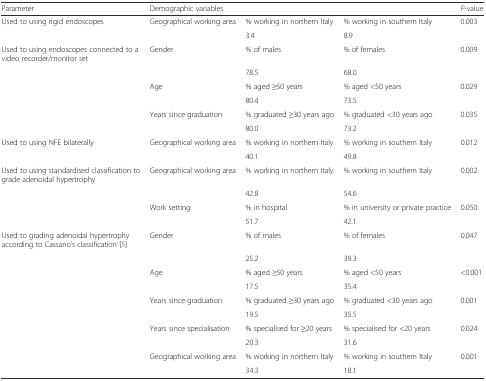
<table><thead><tr><td><b>Parameter</b></td><td><b>Demographic variables</b></td><td></td><td></td><td><b><i>P</i>-value</b></td></tr></thead><tbody><tr><td>Used to using rigid endoscopes</td><td>Geographical working area</td><td>% working in northern Italy</td><td>% working in southern Italy</td><td>0.003</td></tr><tr><td></td><td></td><td>3.4</td><td>8.9</td><td></td></tr><tr><td>Used to using endoscopes connected to a video recorder/monitor set</td><td>Gender</td><td>% of males</td><td>% of females</td><td>0.009</td></tr><tr><td></td><td></td><td>78.5</td><td>68.0</td><td></td></tr><tr><td></td><td>Age</td><td>% aged ≥50 years</td><td>% aged &lt;50 years</td><td>0.029</td></tr><tr><td></td><td></td><td>80.4</td><td>73.5</td><td></td></tr><tr><td></td><td>Years since graduation</td><td>% graduated ≥30 years ago</td><td>% graduated &lt;30 years ago</td><td>0.035</td></tr><tr><td></td><td></td><td>80.0</td><td>73.2</td><td></td></tr><tr><td>Used to using NFE bilaterally</td><td>Geographical working area</td><td>% working in northern Italy</td><td>% working in southern Italy</td><td>0.012</td></tr><tr><td></td><td></td><td>40.1</td><td>49.8</td><td></td></tr><tr><td>Used to using standardised classification to grade adenoidal hypertrophy</td><td>Geographical working area</td><td>% working in northern Italy</td><td>% working in southern Italy</td><td>0.002</td></tr><tr><td></td><td></td><td>42.8</td><td>54.6</td><td></td></tr><tr><td></td><td>Work setting</td><td>% in hospital</td><td>% in university or private practice</td><td>0.050</td></tr><tr><td></td><td></td><td>51.7</td><td>42.1</td><td></td></tr><tr><td>Used to grading adenoidal hypertrophy according to Cassano’s classification [5]</td><td>Gender</td><td>% of males</td><td>% of females</td><td>0.047</td></tr><tr><td></td><td></td><td>25.2</td><td>39.3</td><td></td></tr><tr><td></td><td>Age</td><td>% aged ≥50 years</td><td>% aged &lt;50 years</td><td>&lt;0.001</td></tr><tr><td></td><td></td><td>17.5</td><td>35.4</td><td></td></tr><tr><td></td><td>Years since graduation</td><td>% graduated ≥30 years ago</td><td>% graduated &lt;30 years ago</td><td>0.001</td></tr><tr><td></td><td></td><td>19.5</td><td>35.5</td><td></td></tr><tr><td></td><td>Years since specialisation</td><td>% specialised for ≥20 years</td><td>% specialised for &lt;20 years</td><td>0.024</td></tr><tr><td></td><td></td><td>20.3</td><td>31.6</td><td></td></tr><tr><td></td><td>Geographical working area</td><td>% working in northern Italy</td><td>% working in southern Italy</td><td>0.001</td></tr><tr><td></td><td></td><td>34.3</td><td>18.1</td><td></td></tr></tbody></table>